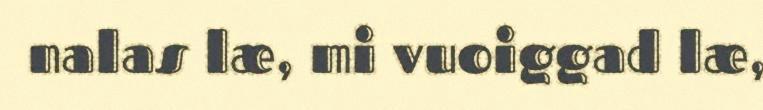
nalas læ, mi vuoiggad læ,